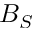
B _ { S }